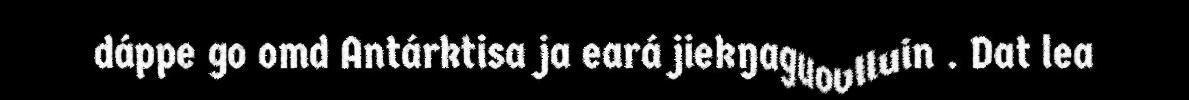
dáppe go omd Antárktisa ja eará jiekŋaguovlluin . Dat lea